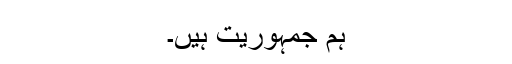
ہم جمہوریت ہیں۔